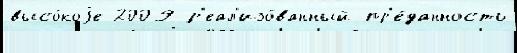
высо́коjе 2009 р'еал'изо́ванный пр'е́данность